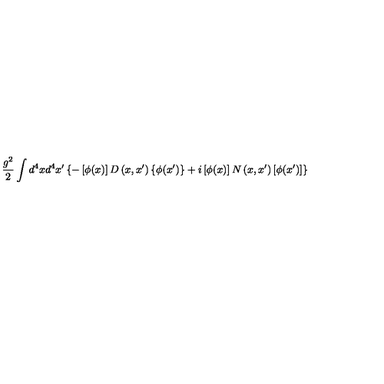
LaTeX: \frac { g ^ { 2 } } 2 \int d ^ { 4 } x d ^ { 4 } x ^ { \prime } \left\{ - \left[ \phi ( x ) \right] D \left( x , x ^ { \prime } \right) \left\{ \phi ( x ^ { \prime } ) \right\} + i \left[ \phi ( x ) \right] N \left( x , x ^ { \prime } \right) \left[ \phi ( x ^ { \prime } ) \right] \right\}